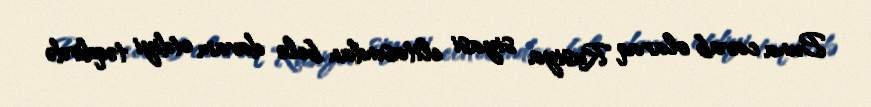
Buna cavab olaraq Rusiya siyasi elitasından belə davam etdiyi təqdirdə